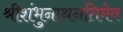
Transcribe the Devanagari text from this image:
श्रीशंभुनाथनतिमेव